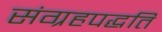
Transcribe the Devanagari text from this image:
संग्रहपद्धति